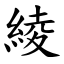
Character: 綾